Insane asylums Bombay 1873-77 - 1873-1877
Year: 1873
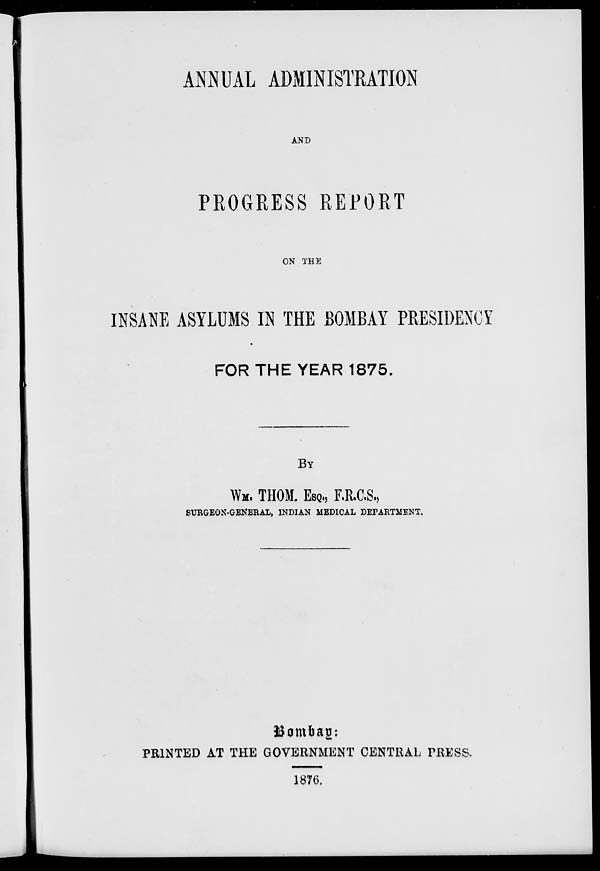
ANNUAL ADMINISTRATION
AND
PROGRESS REPORT
ON THE
INSANE ASYLUMS IN THE BOMBAY PRESIDENCY
FOR THE YEAR 1875.
BY
WM. THOM. ESQ., F.R.C.S.,
SURGEON-GENERAL, INDIAN MEDICAL DEPARTMENT.
Bombay:
PRINTED AT THE GOVERNMENT CENTRAL PRESS.
1876.